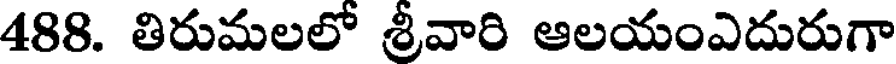
488. తిరుమలలో శ్రీవారి ఆలయంఎదురుగా